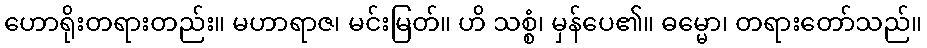
ဟောရိုးတရားတည်း။ မဟာရာဇ၊ မင်းမြတ်။ ဟိ သစ္စံ၊ မှန်ပေ၏။ ဓမ္မော၊ တရားတော်သည်။